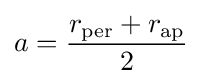
a={\frac {r_{\text{per}}+r_{\text{ap}}}{2}}